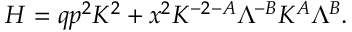
H = q p ^ { 2 } K ^ { 2 } + x ^ { 2 } K ^ { - 2 - A } \Lambda ^ { - B } K ^ { A } \Lambda ^ { B } .